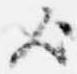
歟